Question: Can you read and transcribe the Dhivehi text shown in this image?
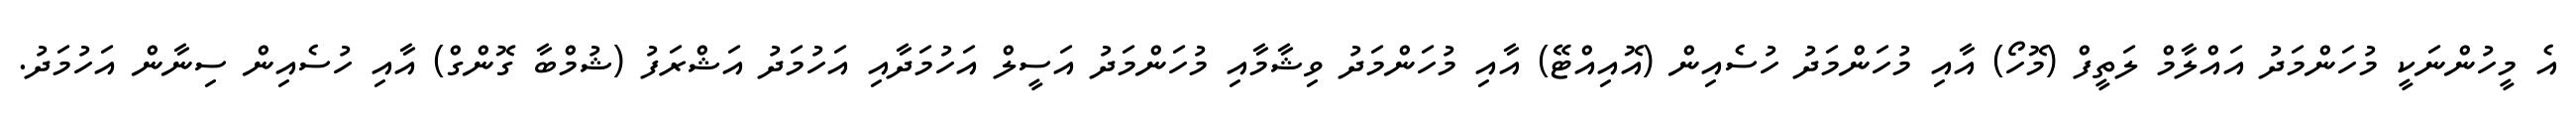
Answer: އެ މީހުންނަކީ މުހަންމަދު އައްލާމް ލަތީފް (މޮހޯ) އާއި މުހަންމަދު ހުސެއިން (އޮއިއްޓޭ) އާއި މުހަންމަދު ވިޝާމާއި މުހަންމަދު އަސީލް އަހުމަދާއި އަހުމަދު އަޝްރަފު (ޝުމްބާ ގޮންގް) އާއި ހުސެއިން ސިނާން އަހުމަދު.